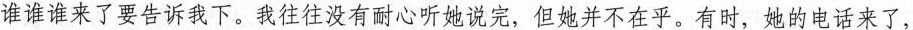
谁谁谁来了要告诉我下。我往往没有耐心听她说完，但她并不在乎。有时，她的电话来了，